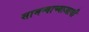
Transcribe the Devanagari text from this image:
सामन्याच्याआधी